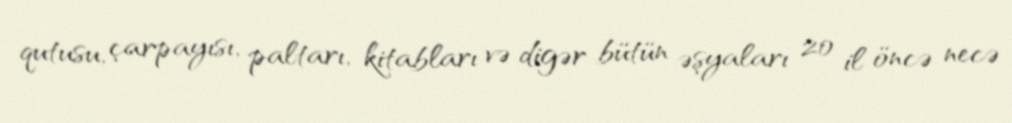
qutusu, çarpayısı, paltarı, kitabları və digər bütün əşyaları 20 il öncə necə